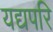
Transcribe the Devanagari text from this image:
यद्यपरि